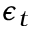
\epsilon _ { t }